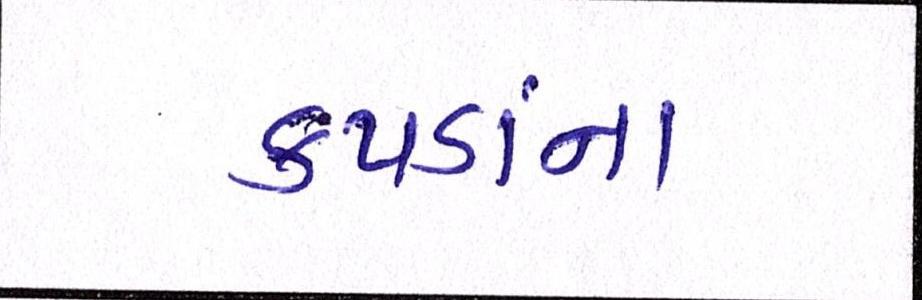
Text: કપડાંના